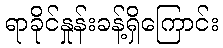
ရာခိုင်နှုန်းခန့်ရှိကြောင်း